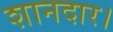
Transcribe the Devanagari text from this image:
शानदार।